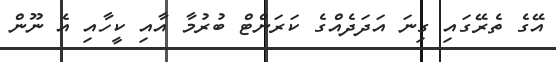
އޭގެ ތެރޭގައި ގިނަ އަދަދެއްގެ ކަރަންޓް ބުރުމާ އާއި ކީހާއި އެ ނޫން